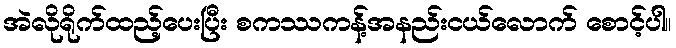
အဲလိုရိုက်ထည့်ပေးပြီး စကဿကန့်အနည်းငယ်လောက် စောင့်ပါ။